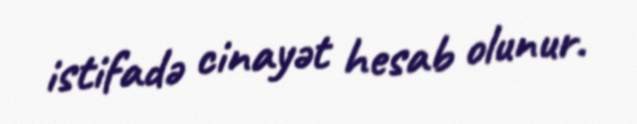
istifadə cinayət hesab olunur.